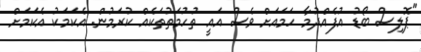
"ޕޮލިސް ބޯޑު އުފެއްދުމާ ހަމައަށް ވެސް އައީ ތުހުމަތުތަކެއް ކުރަމުން. އެކަމަކު އެކަމަށް